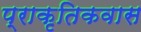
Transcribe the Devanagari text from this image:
प्राकृतिकवास